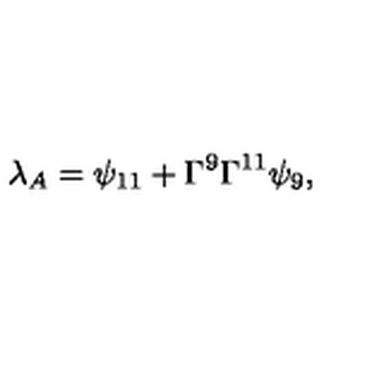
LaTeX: { \lambda _ { A } = \psi _ { 1 1 } + \Gamma ^ { 9 } \Gamma ^ { 1 1 } \psi _ { 9 } , }